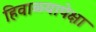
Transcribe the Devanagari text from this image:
हिवाळ्यापेक्षा